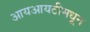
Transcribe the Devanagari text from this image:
आयआयटीमधून